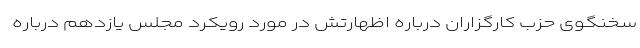
سخنگوی حزب کارگزاران درباره اظهارتش در مورد رویکرد مجلس یازدهم درباره